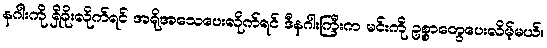
နဂါးကို ရှိခိုးလိုက်ရင် အရိုအသေပေးလိုက်ရင် ဒီနဂါးကြီးက မင်းကို ဥစ္စာတွေပေးလိမ့်မယ်။